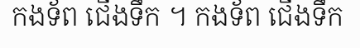
កងទ័ព ជើងទឹក ។ កងទ័ព ជើងទឹក